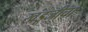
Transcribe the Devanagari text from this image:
खंडूजीचा